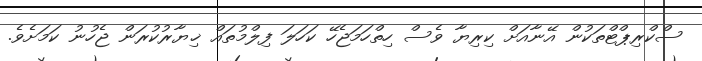
ސްކްރިޕްޓްތަކުން އޭނާއަށް ކިރިޔާ ވެސް ހިތްހަމަޖެހޭ ކަހަލަ ފިލްމުތައް ޚިޔާރުކުރަން ޖެހުނު ކަމަށެވެ.